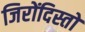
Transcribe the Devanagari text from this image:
जिरोंदिस्तो